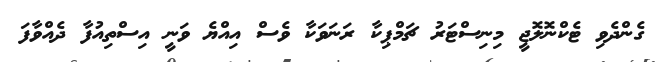
ގެންދެވި ޓެކްނޮލޮޖީ މިނިސްޓަރު ޗަމްޕިކާ ރަނަވަކާ ވެސް އިއްޔެ ވަނީ އިސްތިއުފާ ދެއްވާފަ